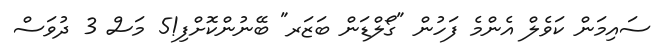
ސައިމަން ކަވެލް އެންމެ ފަހުން "ގޯލްޑަން ބަޒަރ" ބޭނުންކޮށްފި!5 މަސް 3 ދުވަސް